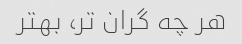
هر چه گران تر، بهتر